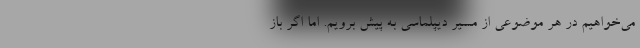
می‌خواهیم در هر موضوعی از مسیر دیپلماسی به پیش برویم. اما اگر باز